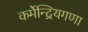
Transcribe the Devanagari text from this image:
कर्मेन्द्रियगणा